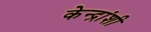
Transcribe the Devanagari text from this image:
केन्द्रांशी